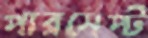
পারসেপ্ট